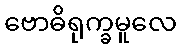
ဗောဓိရုက္ခမူလေ